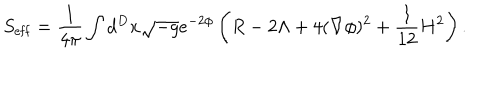
S _ { \mathrm { e f f } } = \frac { 1 } { 4 \pi } \int d ^ { D } x \sqrt { - g } e ^ { - 2 \phi } \left( R - 2 \Lambda + 4 ( \nabla \phi ) ^ { 2 } + \frac { 1 } { 1 2 } H ^ { 2 } \right) .